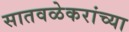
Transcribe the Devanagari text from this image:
सातवळेकरांच्या